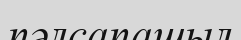
пәлсапашыл